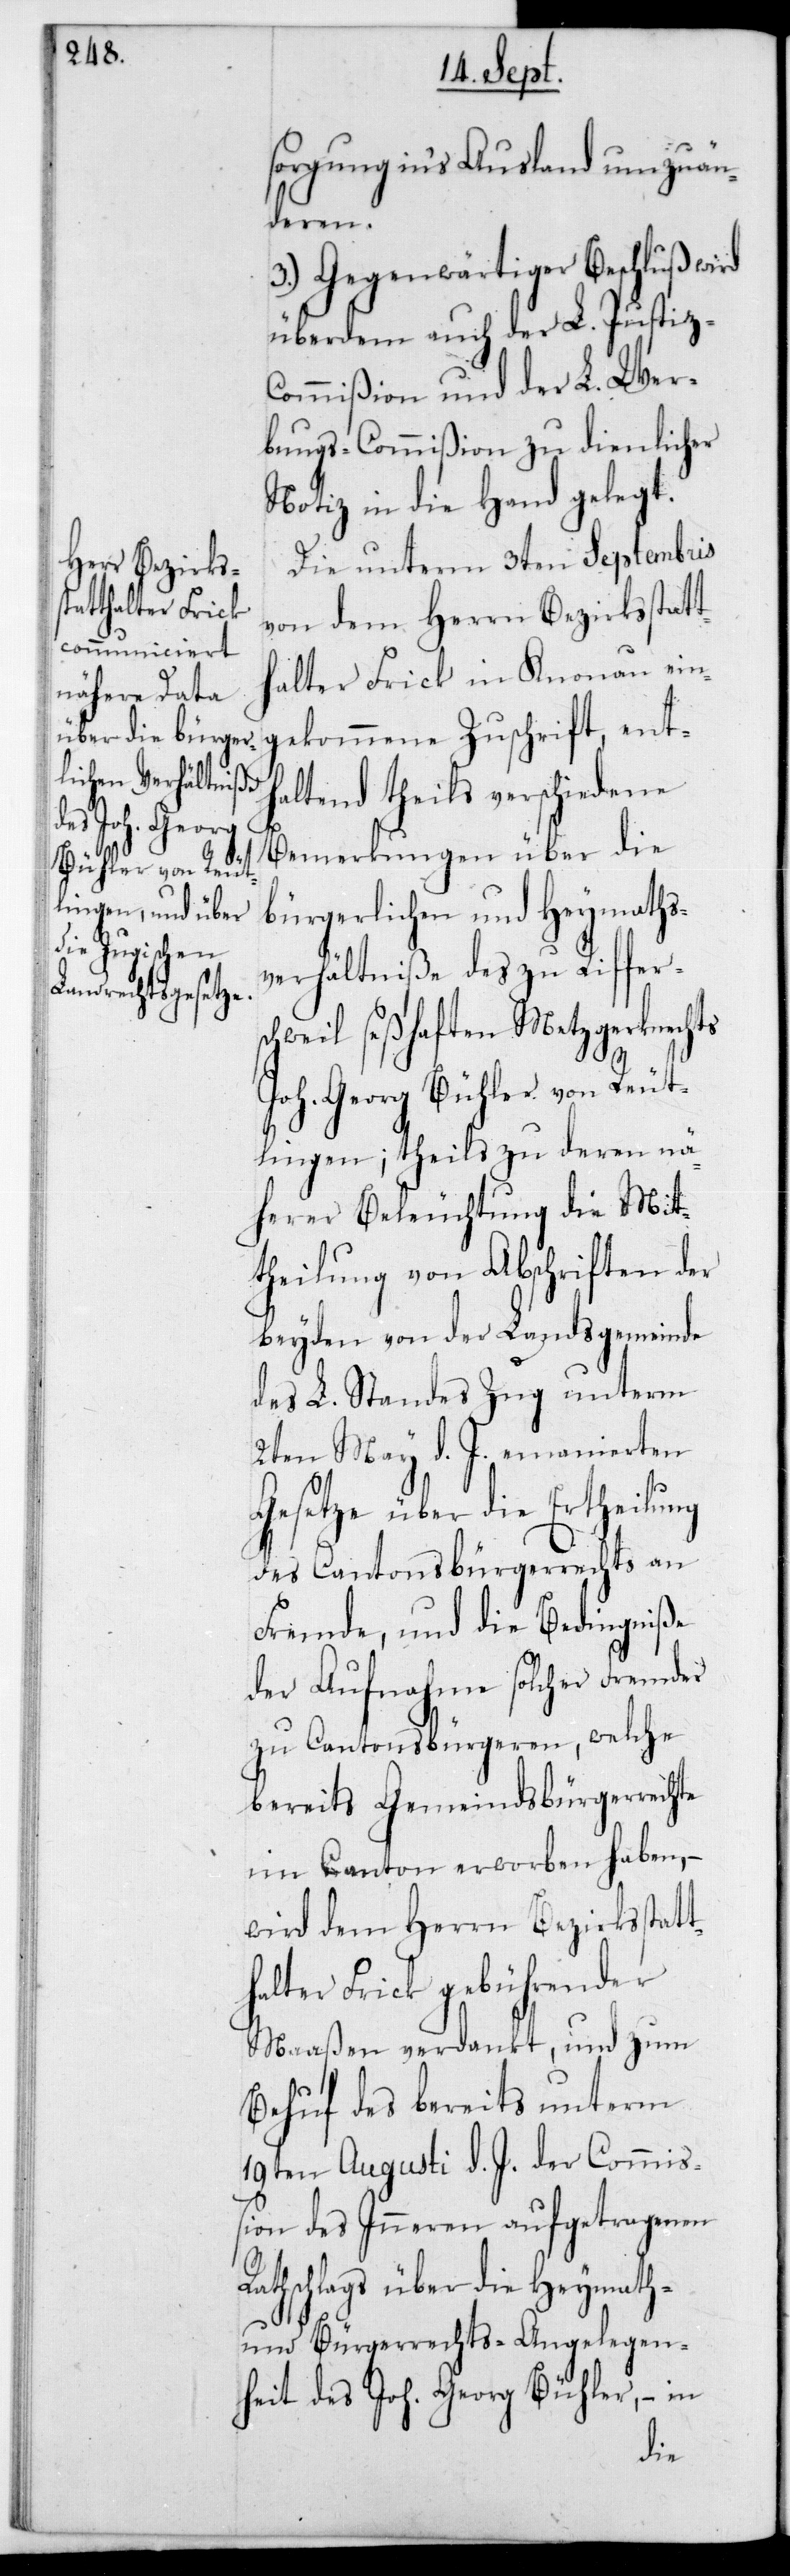
sorgung ins Ausland umzuän¬
deren.
3.) Gegenwärtiger Beschluß wird
überdem auch der L. Justiz-C¬
ommißion und der L. Wer¬
bungs-Commißion zu dienlicher
Notiz in die Hand gelegt.
Die unterm 3ten Septembris
von dem Herrn Bezirksstatt¬
halter Frick in Knonau ein¬
gekommene Zuschrift, enth¬
altend theils verschiedene
Bemerkungen über die
bürgerlichen und Heymaths¬
verhältniße des zu Riffers¬
chweil seßhaften Metzgerknechts
Joh. Georg Bühler von Reut¬
lingen; theils zu deren nä¬
herer Beleuchtung die Mit¬
theilung von Abschriften der
beyden von der Landsgemeinde
des L. Standes Zug unterm
2ten May d. J. emanierten
Gesetze über die Ertheilung
des Cantonsbürgerrechts an
Fremde, und die Bedingniße
der Aufnahme solcher Fremder
zu Cantonsbürgeren, welche
bereits Gemeindsbürgerrechte
im Canton erworben haben, –
wird dem Herrn Bezirksstatt¬
halter Frick gebührender
Maaßen verdankt, und zum
Behuf des bereits unterm
19ten Augusti d. J. der Commiß¬
ion des Inneren aufgetragenen
Rathschlags über die Heymath-
und Bürgerrechts-Angelegen¬
heit des Joh. Georg Bühler, – in